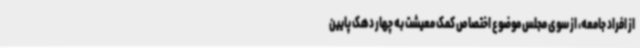
از افراد جامعه، از سوی مجلس موضوع اختصاص کمک معیشت به چهار دهک پایین